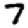
Digit: 7